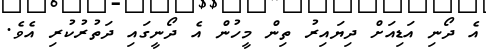
އެ ދޯނި އަޑިއަށް ދިޔައިރު ތިން މީހުން އެ ދޯނީގައި ދަތުރުކުރި އެވެ.